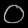
Digit: ၀